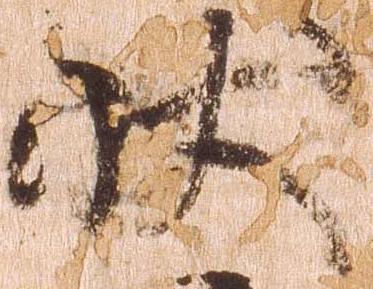
状